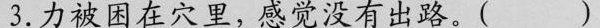
3.力被困在穴里，感觉没有出路。( )